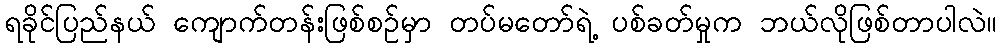
ရခိုင်ပြည်နယ် ကျောက်တန်းဖြစ်စဉ်မှာ တပ်မတော်ရဲ့ ပစ်ခတ်မှုက ဘယ်လိုဖြစ်တာပါလဲ။